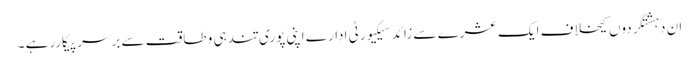
ان دہشتگردوں کیخلاف ایک عشرے سے زائد سیکیورٹی ادارے اپنی پوری تندہی و طاقت سے برسرپیکاررہے ۔